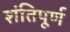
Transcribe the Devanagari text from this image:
शंतिपूर्ण